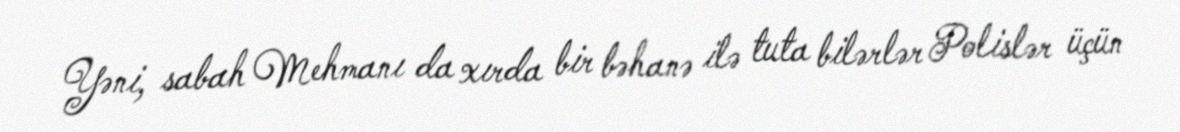
Yəni, sabah Mehmanı da xırda bir bəhanə ilə tuta bilərlər Polislər üçün